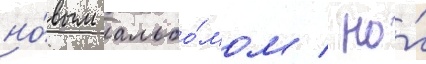
но́вым альбо́мом / но́